Burma Government Medical School reports 1923-41
Year: 1923
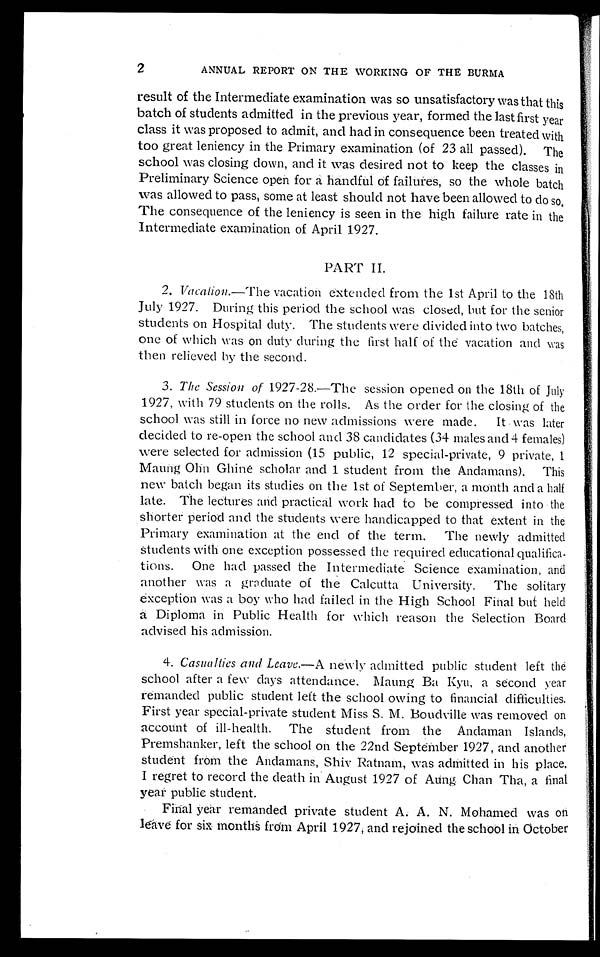
2
ANNUAL REPORT ON THE WORKING OF THE BURMA
result of the Intermediate examination was so unsatisfactory was that this
batch of students admitted in the previous year, formed the last first year
class it was proposed to admit, and had in consequence been treated with
too great leniency in the Primary examination (of 23 all passed). The
school was closing down, and it was desired not to keep the classes in
Preliminary Science open for a handful of failures, so the whole batch
was allowed to pass, some at least should not have been allowed to do so.
The consequence of the leniency is seen in the high failure rate in the
Intermediate examination of April 1927.
PART II.
2.V a c a t i o n
. — T h e v a c a t i o n e x t e n d e d f r o m t h e 1 s t A p r i l t o t h e 1 8 t h
July 1927. During this period the school was closed, but for the senior
students on Hospital duty. The students were divided into two batches,
one of which was on duty during the first half of the vacation and was
then relieved by the second.
3.The Session of 1927–28.—The session opened on the 18th of July
1927, with 79 students on the rolls. As the order for the closing of the
school was still in force no new admissions were made. It was later
decided to re-open the school and 38 candidates (34 males and 4 females)
were selected for admission (15 public, 12 special-private, 9 private, 1
Maung Ohn Ghine scholar and 1 student from the Andamans). This
new batch began its studies on the 1st of September, a month and a half
late. The lectures and practical work had to be compressed into the
shorter period and the students were handicapped to that extent in the
Primary examination at the end of the term. The newly admitted
students with one exception possessed the required educational qualifica-
tions. One had passed the Intermediate Science examination, and
another was a graduate of the Calcutta University. The solitary
exception was a boy who had failed in the High School Final but held
a Diploma in Public Health for which reason the Selection Board
advised his admission.
4.Casualties and Leave.—A newly admitted public student left the
school after a few days attendance. Maung Ba Kyu, a second year
remanded public student left the school owing to financial difficulties.
First year special-private student Miss S. M. Boudville was removed on
account of ill-health. The student from the Andaman Islands,
Premshanker, left the school on the 22nd September 1927, and another
student from the Andamans, Shiv Ratnam, was admitted in his place.
I regret to record the death in August 1927 of Aung Chan Tha, a final
year public student.
Final year remanded private student A. A. N. Mohamed was on
leave for six months from April 1927, and rejoined the school in October